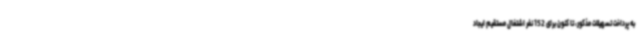
به پرداخت تسهیلات مذکور، تا کنون برای 152 نفر اشتغال مستقیم ایجاد